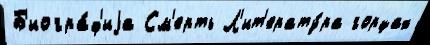
Б'иогра́ф'иjа См'ерть Л'ит'ерату́ра горцах